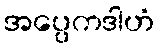
အပ္ပေကဒါဟံ